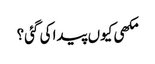
مکھی کیوں پیدا کی گئی؟